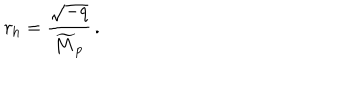
r _ { \mathrm { h } } = { \frac { \sqrt { - q } } { \widetilde { M } _ { \mathrm { p } } } } \, .